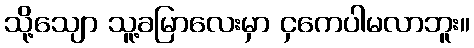
သို့သျော သူ့ခမြာလေးမှာ ငှကေပါမလာဘူး။